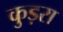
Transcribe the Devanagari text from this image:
कुड़रा